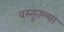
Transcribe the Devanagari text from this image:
वस्तूतल्या